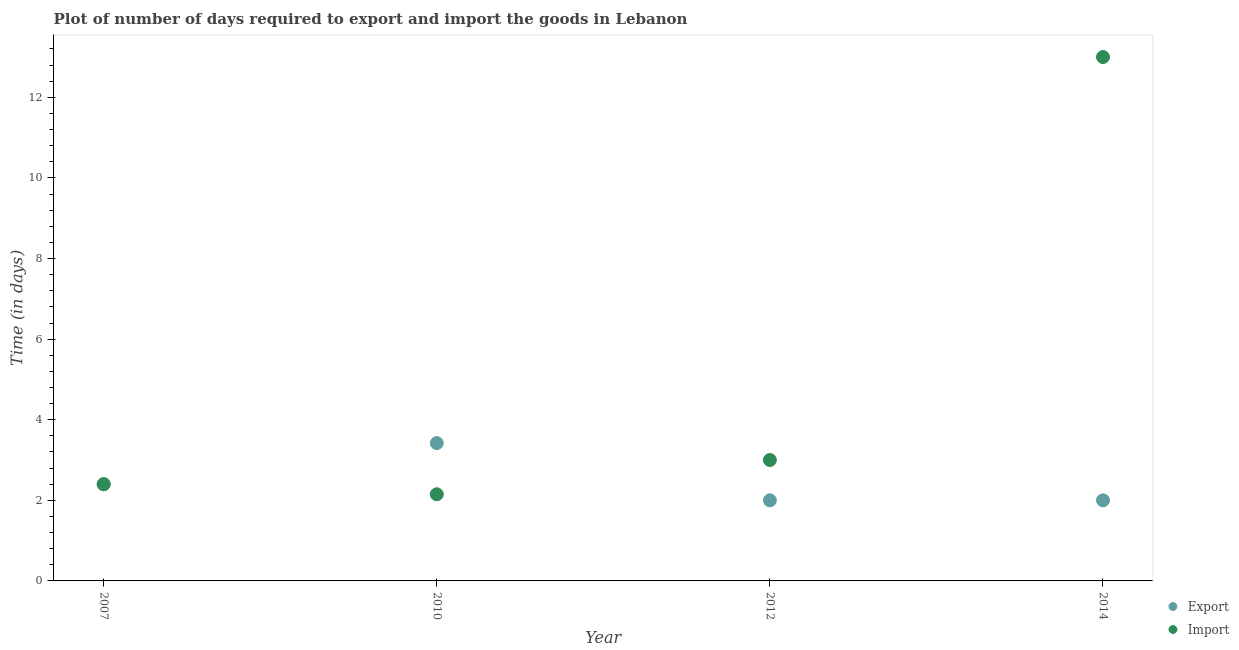
| Year | Export | Import |
 | --- | --- | --- |
 | 2007 | 2.4 | 2.4 |
 | 2010 | 3.42 | 2.15 |
 | 2012 | 2 | 3 |
 | 2014 | 2 | 13 |